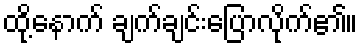
ထို့နောက် ချက်ချင်းပြောလိုက်၏။